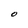
Character: O